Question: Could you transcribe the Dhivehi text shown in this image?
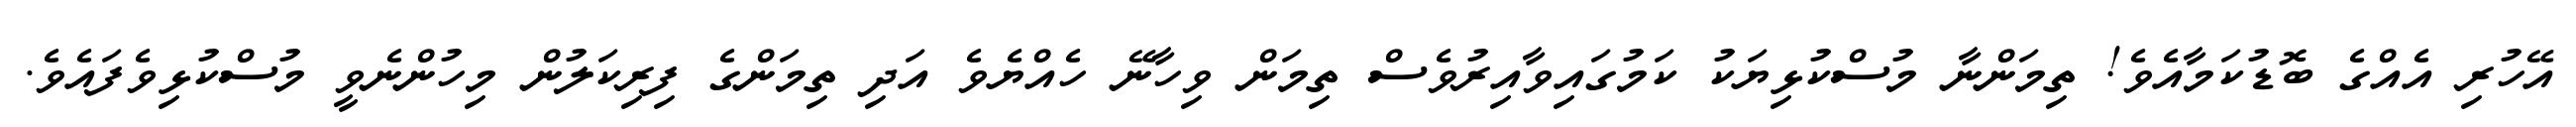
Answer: އޭހުރި އެއްގެ ބޮޑުކަމާއެވެ! ތިމަންނާ މުސްކުޅިޔަކު ކަމުގައިވާއިރުވެސް ތިމަން ވިހާނޭ ހެއްޔެވެ އަދި ތިމަންގެ ފިރިކަލުން މިހުންނެވީ މުސްކުޅިވެފައެވެ.